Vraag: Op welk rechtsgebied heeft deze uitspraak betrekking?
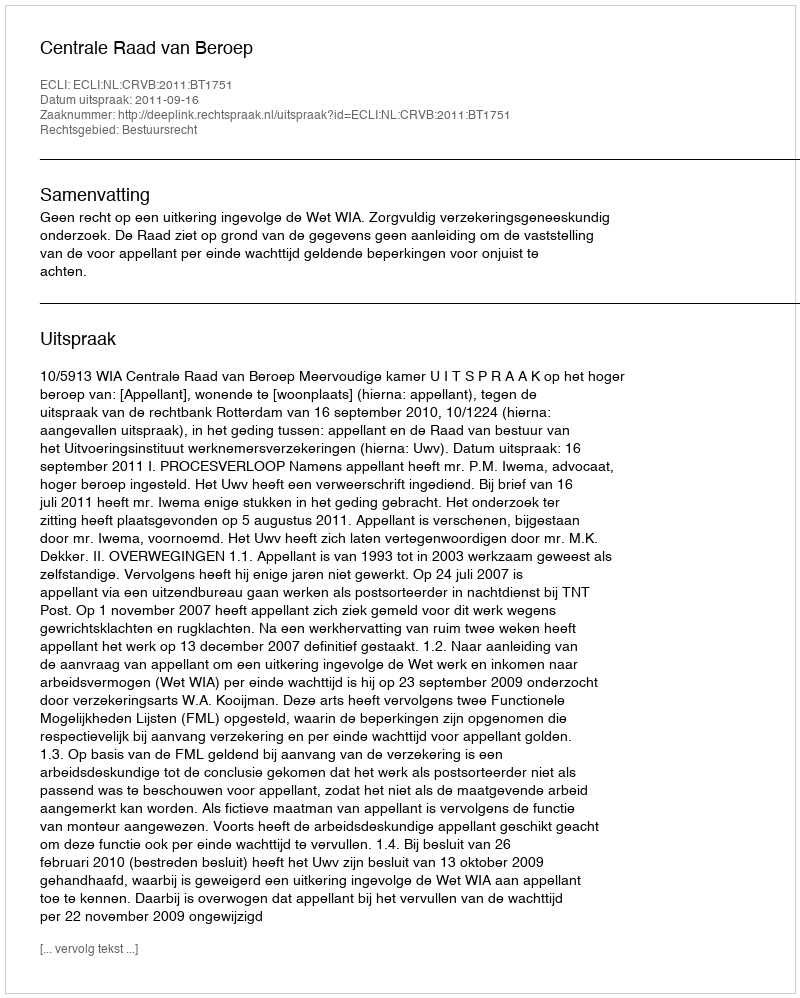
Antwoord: Bestuursrecht